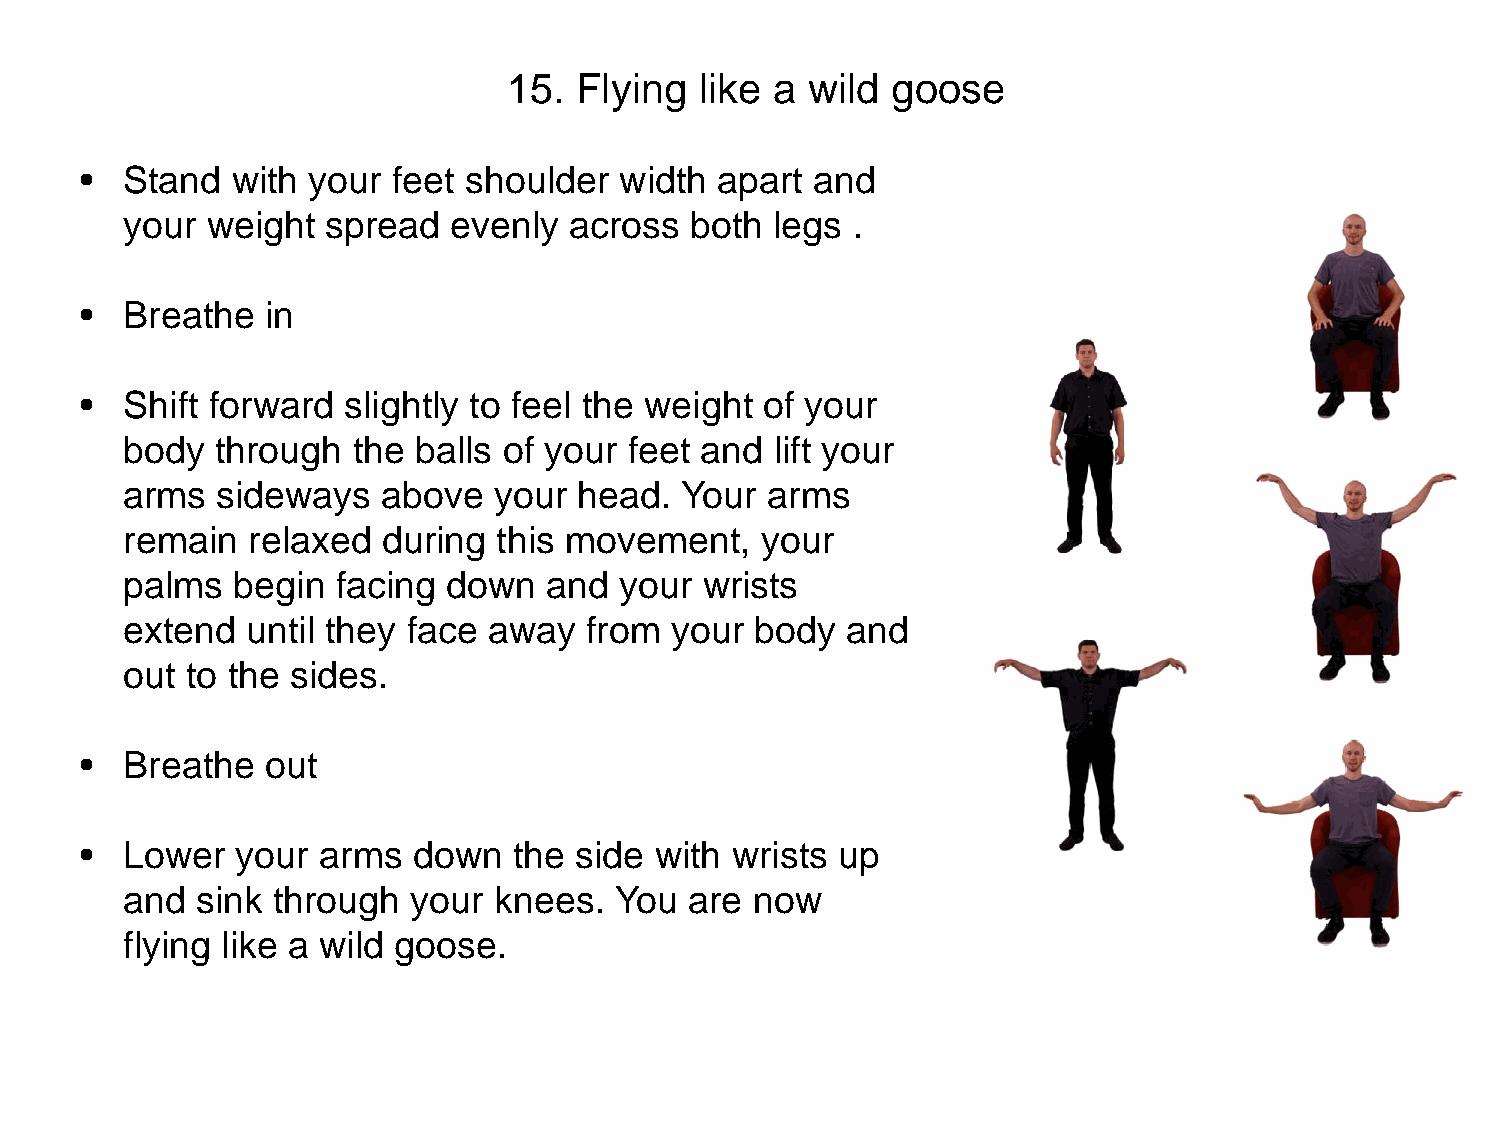
15. Flying  like a wild  goose
 •  Stand  with your  feet shoulder  width apart  and
 your  weight  spread  evenly  across  both legs .
 •  Breathe   in
 •  Shift forward  slightly to feel the weight of your
 body  through  the balls of your  feet and lift your
 arms  sideways   above   your head.  Your  arms
 remain  relaxed  during  this movement,   your
 palms  begin  facing  down  and  your  wrists
 extend  until they face away   from your  body  and
 out to the sides.
 •  Breathe   out
 •  Lower   your arms  down   the side with wrists up
 and  sink through  your  knees.  You  are now
 flying like a wild goose.